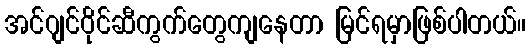
အင်ဂျင်ဝိုင်ဆီကွက်တွေကျနေတာ မြင်ရမှာဖြစ်ပါတယ်။